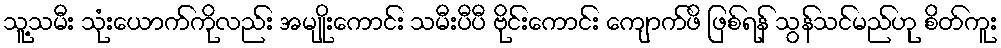
သူ့သမီး သုံးယောက်ကိုလည်း အမျိုးကောင်း သမီးပီပီ ဗိုင်းကောင်း ကျောက်ဖိ ဖြစ်ရန် သွန်သင်မည်ဟု စိတ်ကူး